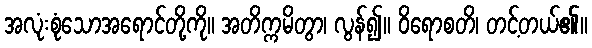
အလုံးစုံသောအရောင်တို့ကို။ အတိက္ကမိတွာ၊ လွန်၍။ ဝိရောစတိ၊ တင့်တယ်၏။